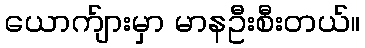
ယောက်ျားမှာ မာနဦးစီးတယ်။